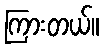
ကြားတယ်။